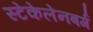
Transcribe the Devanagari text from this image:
स्टेकेलेनबर्ग